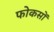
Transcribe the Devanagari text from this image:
फोकसों